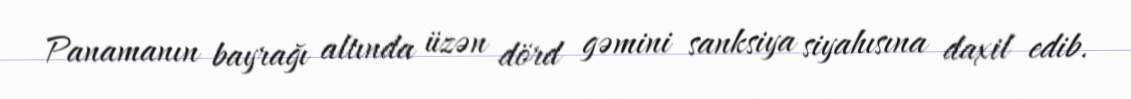
Panamanın bayrağı altında üzən dörd gəmini sanksiya siyahısına daxil edib.